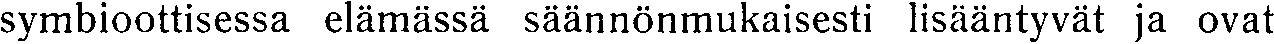
symbioottisessa elämässä säännönmukaisesti lisääntyvät ja ovat